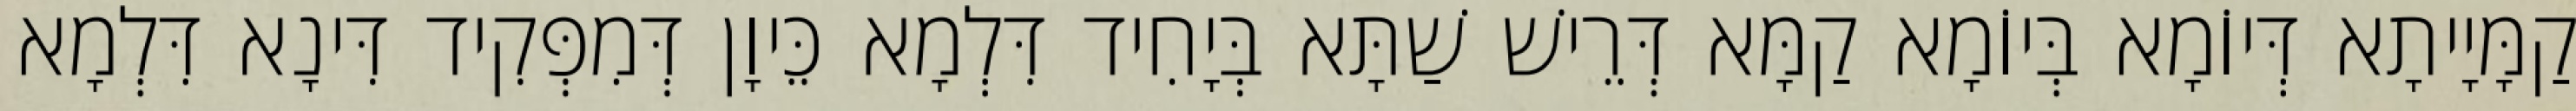
קַמָּיָיתָא דְּיוֹמָא בְּיוֹמָא קַמָּא דְּרֵישׁ שַׁתָּא בְּיָחִיד דִּלְמָא כֵּיוָן דְּמִפְּקִיד דִּינָא דִּלְמָא